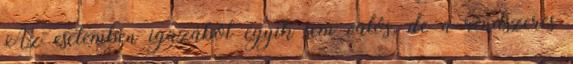
Az esetemben igazából egyik sem valós, de a rendszeres